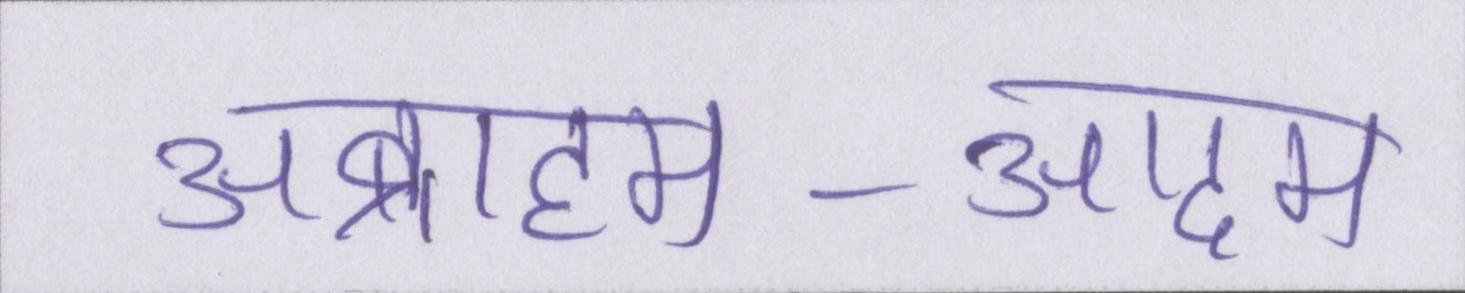
अब्राहम-आदम